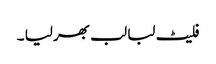
فلیٹ لبا لب بھر لیا ۔